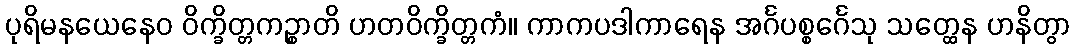
ပုရိမနယေနေဝ ဝိက္ခိတ္တကဉ္စာတိ ဟတဝိက္ခိတ္တကံ။ ကာကပဒါကာရေန အင်္ဂပစ္စင်္ဂေသု သတ္ထေန ဟနိတွာ